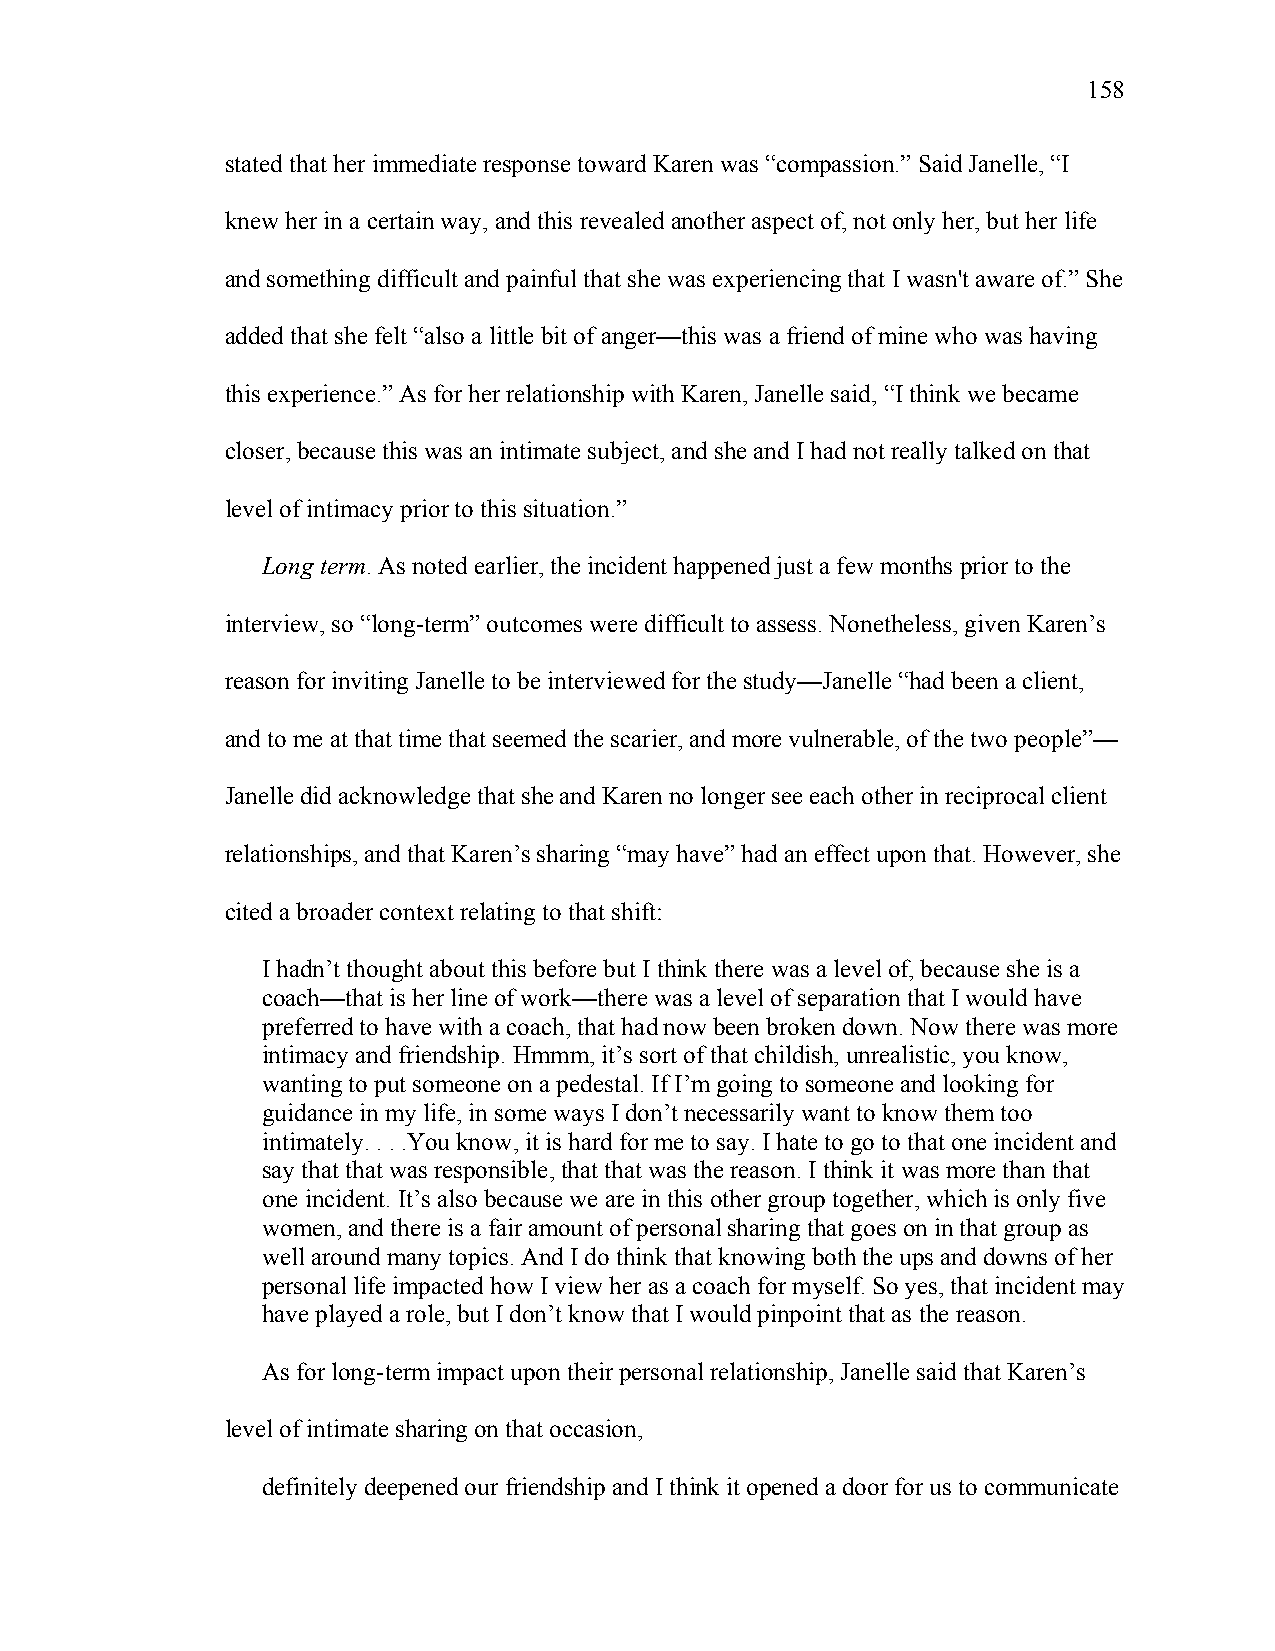
158
 stated that her immediate response toward Karen was “compassion.” Said Janelle, “I
 knew her in a certain way, and this revealed another aspect of, not only her, but her life
 and something difficult and painful that she was experiencing that I wasn't aware of.” She
 added that she felt “also a little bit of anger—this was a friend of mine who was having
 this experience.” As for her relationship with Karen, Janelle said, “I think we became
 closer, because this was an intimate subject, and she and I had not really talked on that
 level of intimacy prior to this situation.”
 Long term. As noted earlier, the incident happened just a few months prior to the
 interview, so “long-term” outcomes were difficult to assess. Nonetheless, given Karen’s
 reason for inviting Janelle to be interviewed for the study—Janelle “had been a client,
 and to me at that time that seemed the scarier, and more vulnerable, of the two people”—
 Janelle did acknowledge that she and Karen no longer see each other in reciprocal client
 relationships, and that Karen’s sharing “may have” had an effect upon that. However, she
 cited a broader context relating to that shift:
 I hadn’t thought about this before but I think there was a level of, because she is a
 coach—that is her line of work—there was a level of separation that I would have
 preferred to have with a coach, that had now been broken down. Now there was more
 intimacy and friendship. Hmmm, it’s sort of that childish, unrealistic, you know,
 wanting to put someone on a pedestal. If I’m going to someone and looking for
 guidance in my life, in some ways I don’t necessarily want to know them too
 intimately. . . .You know, it is hard for me to say. I hate to go to that one incident and
 say that that was responsible, that that was the reason. I think it was more than that
 one incident. It’s also because we are in this other group together, which is only five
 women, and there is a fair amount of personal sharing that goes on in that group as
 well around many topics. And I do think that knowing both the ups and downs of her
 personal life impacted how I view her as a coach for myself. So yes, that incident may
 have played a role, but I don’t know that I would pinpoint that as the reason.
 As for long-term impact upon their personal relationship, Janelle said that Karen’s
 level of intimate sharing on that occasion,
 definitely deepened our friendship and I think it opened a door for us to communicate